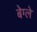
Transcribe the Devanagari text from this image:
बेग्ले